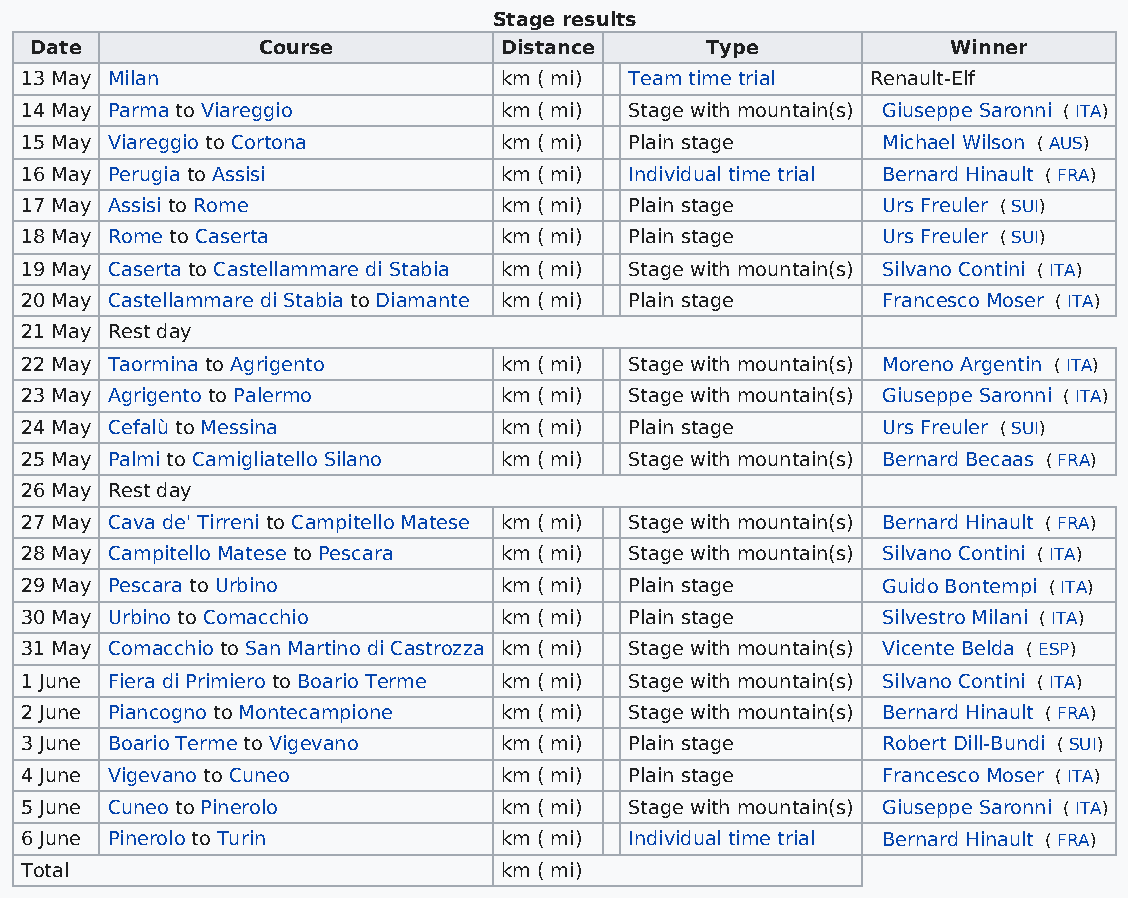
Stage results
 Date           Course          Distance      Type            Winner
 13 May Milan                    km ( mi) Team time trial Renault-Elf
 14 May Parma to Viareggio       km ( mi) Stage with mountain(s) Giuseppe Saronni ( ITA)
 15 May Viareggio to Cortona     km ( mi) Plain stage     Michael Wilson ( AUS)
 16 May Perugia to Assisi        km ( mi) Individual time trial Bernard Hinault ( FRA)
 17 May Assisi to Rome           km ( mi) Plain stage     Urs Freuler ( SUI)
 18 May Rome to Caserta          km ( mi) Plain stage     Urs Freuler ( SUI)
 19 May Caserta to Castellammare di Stabia km ( mi) Stage with mountain(s) Silvano Contini ( ITA)
 20 May Castellammare di Stabia to Diamante km ( mi) Plain stage Francesco Moser ( ITA)
 21 May Rest day
 22 May Taormina to Agrigento    km ( mi) Stage with mountain(s) Moreno Argentin ( ITA)
 23 May Agrigento to Palermo     km ( mi) Stage with mountain(s) Giuseppe Saronni ( ITA)
 24 May Cefalù to Messina        km ( mi) Plain stage     Urs Freuler ( SUI)
 25 May Palmi to Camigliatello Silano km ( mi) Stage with mountain(s) Bernard Becaas ( FRA)
 26 May Rest day
 27 May Cava de' Tirreni to Campitello Matese km ( mi) Stage with mountain(s) Bernard Hinault ( FRA)
 28 May Campitello Matese to Pescara km ( mi) Stage with mountain(s) Silvano Contini ( ITA)
 29 May Pescara to Urbino        km ( mi) Plain stage     Guido Bontempi ( ITA)
 30 May Urbino to Comacchio      km ( mi) Plain stage     Silvestro Milani ( ITA)
 31 May Comacchio to San Martino di Castrozza km ( mi) Stage with mountain(s) Vicente Belda ( ESP)
 1 June Fiera di Primiero to Boario Terme km ( mi) Stage with mountain(s) Silvano Contini ( ITA)
 2 June Piancogno to Montecampione km ( mi) Stage with mountain(s) Bernard Hinault ( FRA)
 3 June Boario Terme to Vigevano km ( mi) Plain stage     Robert Dill-Bundi ( SUI)
 4 June Vigevano to Cuneo        km ( mi) Plain stage     Francesco Moser ( ITA)
 5 June Cuneo to Pinerolo        km ( mi) Stage with mountain(s) Giuseppe Saronni ( ITA)
 6 June Pinerolo to Turin        km ( mi) Individual time trial Bernard Hinault ( FRA)
 Total                           km ( mi)